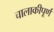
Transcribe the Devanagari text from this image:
चालाकीपूर्ण